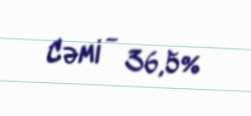
Cəmi - 36,5%